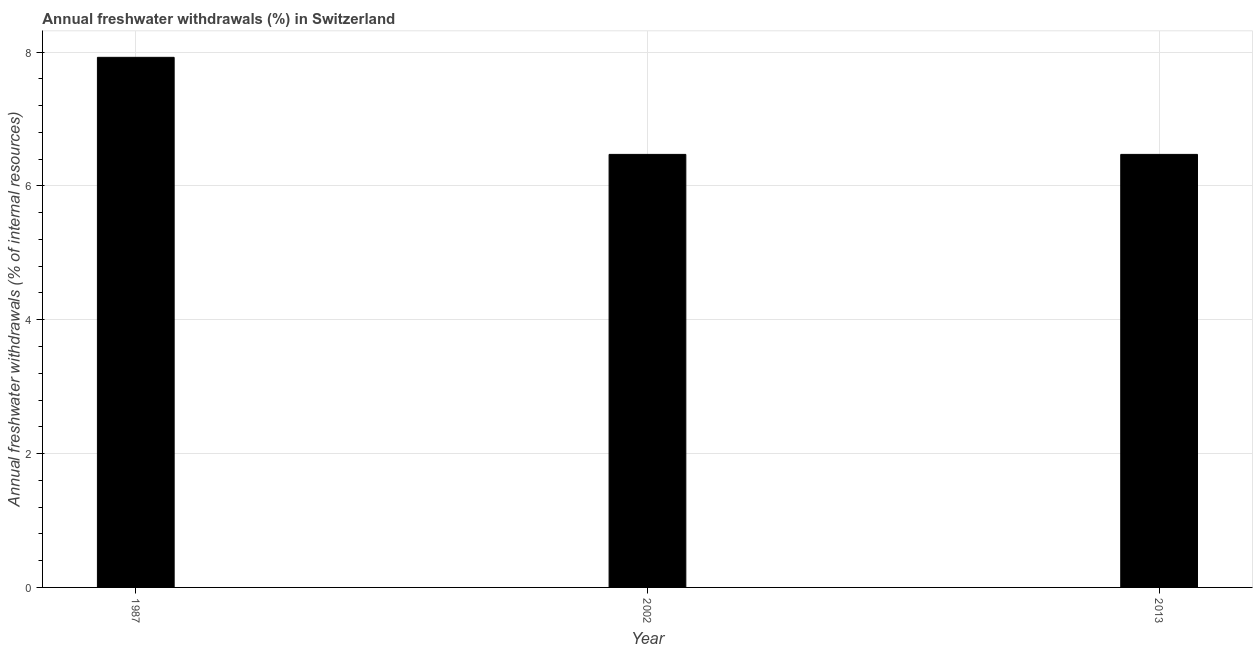
| Year | Annual freshwater withdrawals |
 | --- | --- |
 | 1987 | 7.92 |
 | 2002 | 6.47 |
 | 2013 | 6.47 |